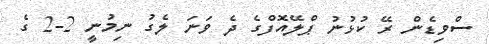
ސްވިޑެން ރޭ ކުޅުނު ޕްލޭއޮފްގެ ދެ ވަނަ ލެގު ނިމުނީ 2-2 ގެ